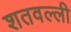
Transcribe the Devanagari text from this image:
शतवल्ली